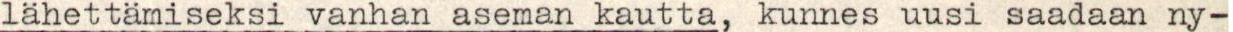
lähettämiseksi vanhan aseman kautta, kunnes uusi saadaan ny-